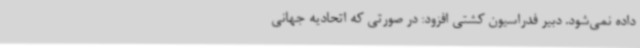
داده نمی‌شود. دبیر فدراسیون کشتی افزود: در صورتی که اتحادیه جهانی